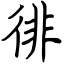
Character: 徘